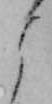
よ